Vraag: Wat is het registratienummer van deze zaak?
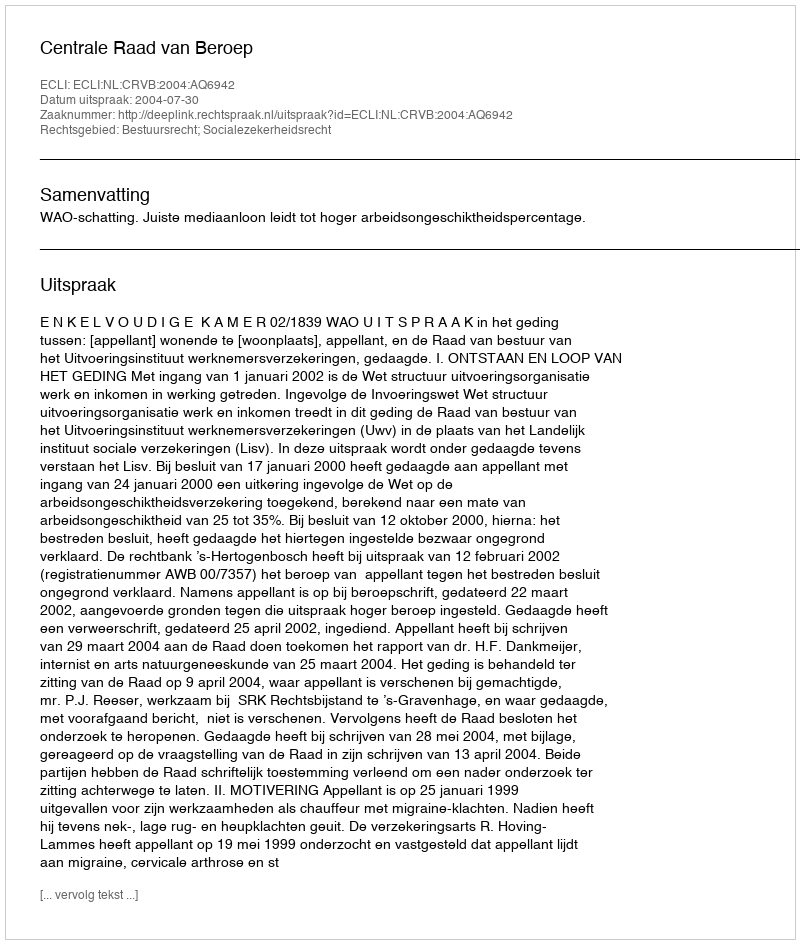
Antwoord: http://deeplink.rechtspraak.nl/uitspraak?id=ECLI:NL:CRVB:2004:AQ6942